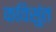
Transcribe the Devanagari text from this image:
कविसुंत